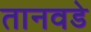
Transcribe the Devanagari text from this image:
तानवडे